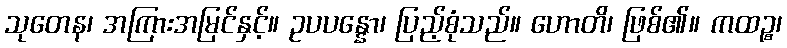
သုတေန၊ အကြားအမြင်နှင့်။ ဥပပန္နော၊ ပြည့်စုံသည်။ ဟောတိ၊ ဖြစ်၏။ ကထဉ္စ၊